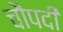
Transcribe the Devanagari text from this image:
चौपदी